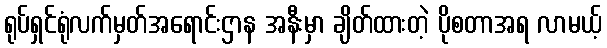
ရုပ်ရှင်ရုံလက်မှတ်အရောင်းဌာန အနီးမှာ ချိတ်ထားတဲ့ ပိုစတာအရ လာမယ့်